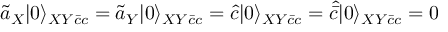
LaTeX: \tilde { a } _ { X } | 0 \rangle _ { X Y \bar { c } c } = \tilde { a } _ { Y } | 0 \rangle _ { X Y \bar { c } c } = \hat { c } | 0 \rangle _ { X Y \bar { c } c } = \hat { \bar { c } } | 0 \rangle _ { X Y \bar { c } c } = 0